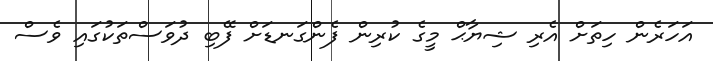
އަހަރެން ހިތަށް އެރި ޝިޔާޙް މީގެ ކުރިން ފެންގަނޑަށް ފޭބި ދުވަސްތަކުގައި ވެސް